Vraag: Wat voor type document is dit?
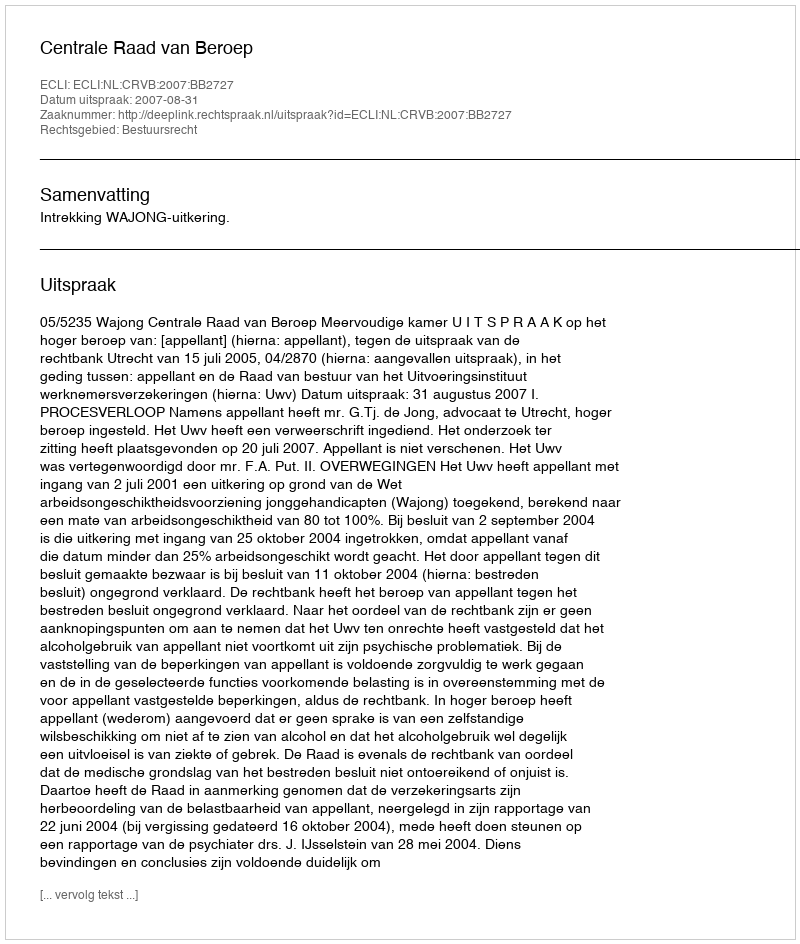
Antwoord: Uitspraak